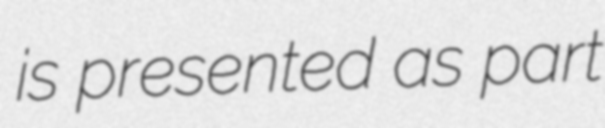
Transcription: is presented as part